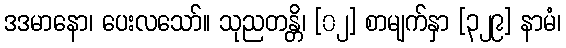
ဒဒမာနော၊ ပေးလသော်။ သုညတန္တိ၊ [၀၂] စာမျက်နှာ [၃၂၉] နာမံ၊